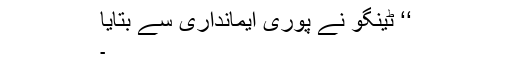
‘‘ ٹینگو نے پوری ایمانداری سے بتایا
۔